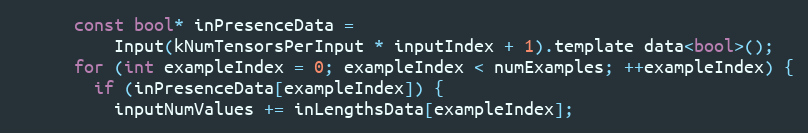
Language: C
      const bool* inPresenceData =
          Input(kNumTensorsPerInput * inputIndex + 1).template data<bool>();
      for (int exampleIndex = 0; exampleIndex < numExamples; ++exampleIndex) {
        if (inPresenceData[exampleIndex]) {
          inputNumValues += inLengthsData[exampleIndex];